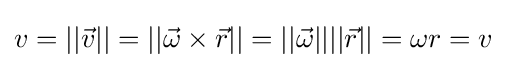
v=||{\vec {v}}||=||{\vec {\omega }}\times {\vec {r}}||=||{\vec {\omega }}||||{\vec {r}}||=\omega r=v